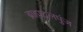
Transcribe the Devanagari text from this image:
ब्राह्मदलपुंज